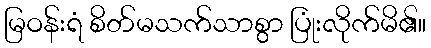
မြဝန်းရံ စိတ်မသက်သာစွာ ပြုံးလိုက်မိ၏။